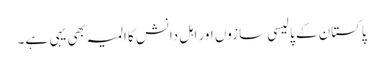
پاکستان کے پالیسی سازوں اور اہلِ دانش کا المیہ بھی یہی ہے۔